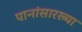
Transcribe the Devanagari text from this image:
पानांसारख्या